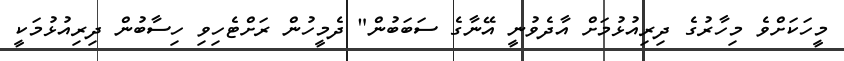
މީހަކަށްވެ މިހާރުގެ ދިރިއުޅުމަށް އާދެވުނީ އޭނާގެ ސަބަބުން" ދެމީހުން ރަށްޓެހިވި ހިސާބުން ދިރިއުޅުމަކީ